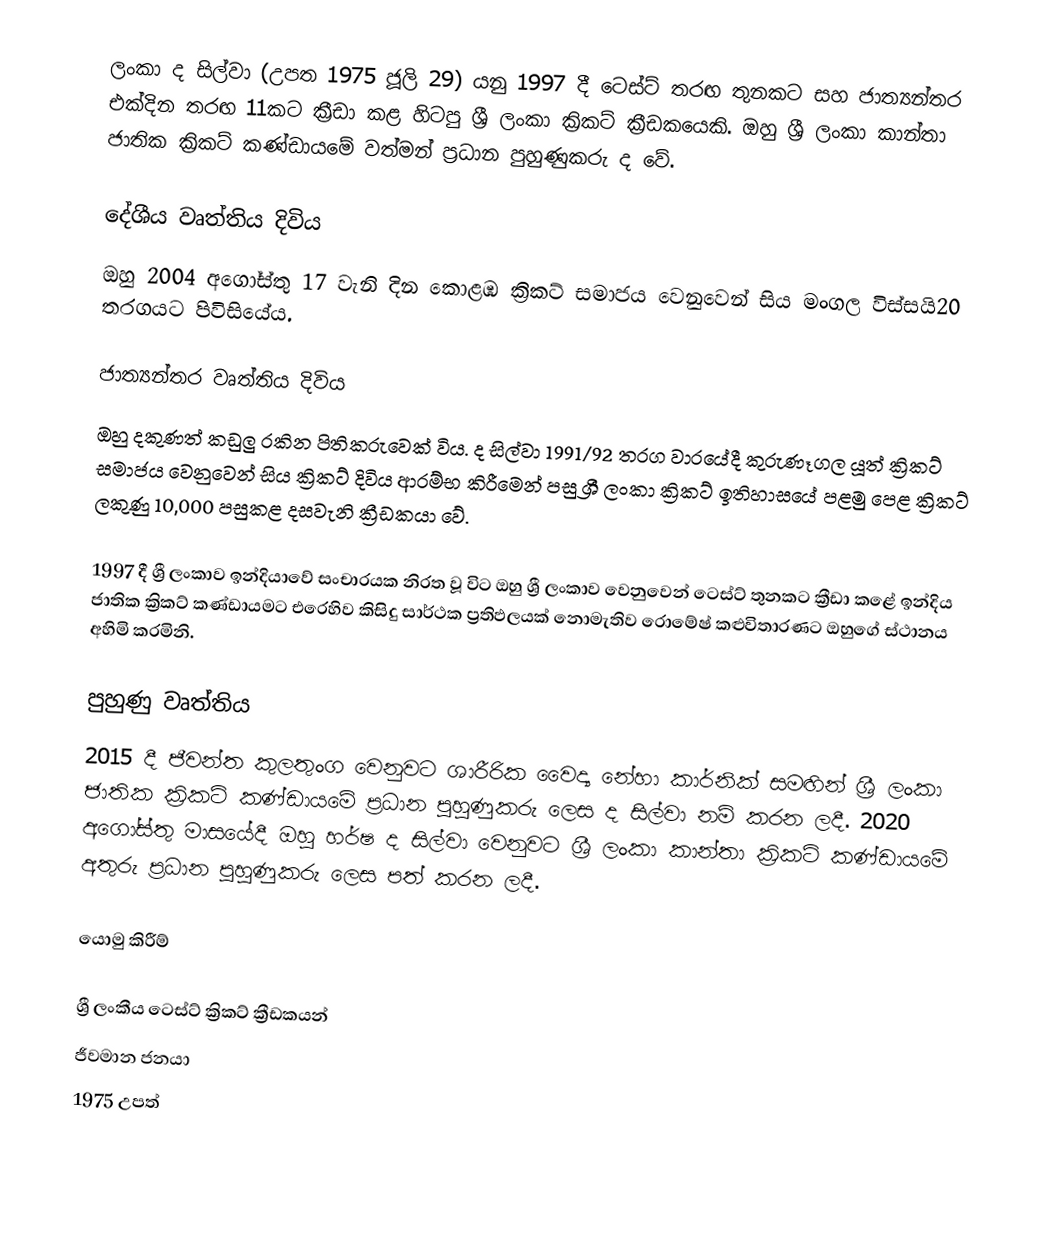
ලංකා ද සිල්වා (උපත 1975 ජූලි 29) යනු 1997 දී ටෙස්ට් තරඟ තුනකට සහ ජාත්‍යන්තර එක්දින තරඟ 11කට ක්‍රීඩා කළ හිටපු ශ්‍රී ලංකා ක්‍රිකට් ක්‍රීඩකයෙකි. ඔහු ශ්‍රී ලංකා කාන්තා ජාතික ක්‍රිකට් කණ්ඩායමේ වත්මන් ප්‍රධාන පුහුණුකරු ද වේ.

දේශීය වෘත්තිය දිවිය
ඔහු 2004 අගෝස්තු 17 වැනි දින කොළඹ ක්‍රිකට් සමාජය වෙනුවෙන් සිය මංගල විස්සයි20 තරගයට පිවිසියේය.

ජාත්‍යන්තර වෘත්තිය  දිවිය
ඔහු දකුණත් කඩුලු රකින පිතිකරුවෙක් විය. ද සිල්වා 1991/92 තරග වාරයේදී කුරුණෑගල යූත් ක්‍රිකට් සමාජය වෙනුවෙන් සිය ක්‍රිකට් දිවිය ආරම්භ කිරීමෙන් පසු ශ්‍රී ලංකා ක්‍රිකට් ඉතිහාසයේ පළමු පෙළ ක්‍රිකට් ලකුණු 10,000 පසුකළ දසවැනි ක්‍රීඩකයා වේ.

1997 දී ශ්‍රී ලංකාව ඉන්දියාවේ සංචාරයක නිරත වූ විට ඔහු ශ්‍රී ලංකාව වෙනුවෙන් ටෙස්ට් තුනකට ක්‍රීඩා කළේ ඉන්දිය ජාතික ක්‍රිකට් කණ්ඩායමට එරෙහිව කිසිදු සාර්ථක ප්‍රතිඵලයක් නොමැතිව රොමේෂ් කළුවිතාරණට ඔහුගේ ස්ථානය අහිමි කරමිනි.

පුහුණු වෘත්තිය
2015 දී ජීවන්ත කුලතුංග වෙනුවට ශාරීරික වෛද්‍ය නේහා කාර්නික් සමඟින් ශ්‍රී ලංකා ජාතික ක්‍රිකට් කණ්ඩායමේ ප්‍රධාන පුහුණුකරු ලෙස ද සිල්වා නම් කරන ලදී. 2020 අගෝස්තු මාසයේදී ඔහු හර්ෂ ද සිල්වා වෙනුවට ශ්‍රී ලංකා කාන්තා ක්‍රිකට් කණ්ඩායමේ අතුරු ප්‍රධාන පුහුණුකරු ලෙස පත් කරන ලදී.

යොමු කිරීම්

ශ්‍රී ලංකීය ටෙස්ට් ක්‍රිකට් ක්‍රීඩකයන්
ජීවමාන ජනයා
1975 උපත්